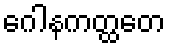
ဂေါနကတ္ထတေ